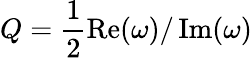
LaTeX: Q=\frac{1}{2}\operatorname{Re}(\omega)/\operatorname{Im}(\omega)